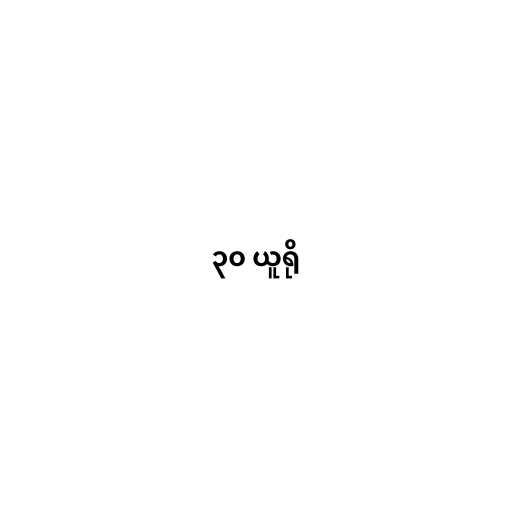
၃၀ ယူရို